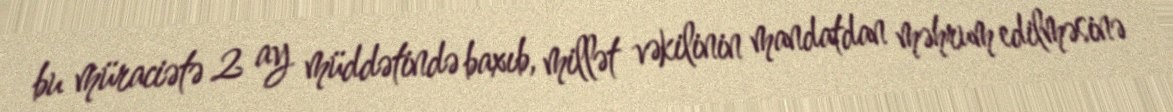
bu müraciətə 2 ay müddətində baxıb, millət vəkilinin mandatdan məhrum edilməsinə